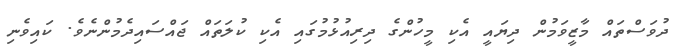
ދުވަސްތައް މާޒީވަމުން ދިޔައީ އެކި މީހުންގެ ދިރިއުޅުމުގައި އެކި ކުލަތައް ޖައްސައިދެމުންނެވެ. ކައިވެނި